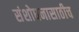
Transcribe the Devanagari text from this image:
संशोधनासाठीच